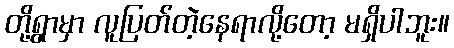
တို့ရွာမှာ လူပြတ်တဲ့နေရာလို့တော့ မရှိပါဘူး။